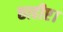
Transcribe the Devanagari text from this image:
छाहीए।